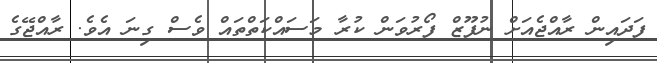
ފަދައިން ރާއްޖެއަށް ނުފޫޒް ފޯރުވަން ކުރާ މަސައްކަތްތައް ވެސް ގިނަ އެވެ. ރާއްޖޭގެ